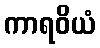
ကာရဝိယံ